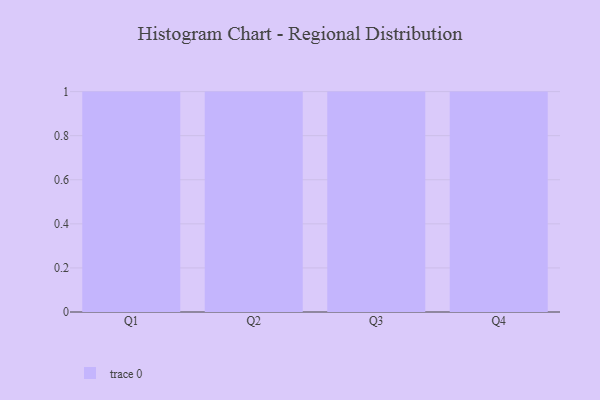
{"axis": {"x": "Quarter", "y": "Active Users"}, "legend": [""], "data": [{"x": "Q1", "y": 96, "type": ""}, {"x": "Q2", "y": 53, "type": ""}, {"x": "Q3", "y": 97, "type": ""}, {"x": "Q4", "y": 58, "type": ""}]}